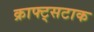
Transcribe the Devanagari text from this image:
क्राफ्ट्सटाक